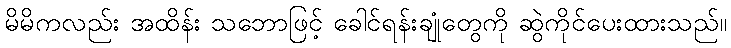
မိမိကလည်း အထိန်း သဘောဖြင့် ခေါင်ရန်းချုံတွေကို ဆွဲကိုင်ပေးထားသည်။